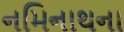
નમિનાથના